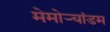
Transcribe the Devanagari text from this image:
मेमोर्‍यांडम